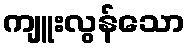
ကျူးလွန်သော